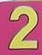
2